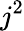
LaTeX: j^{2}